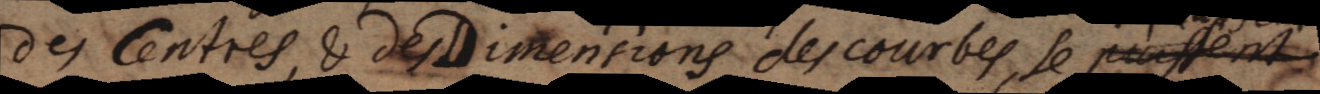
des Centres, & des Dimensions des courbes se puissent